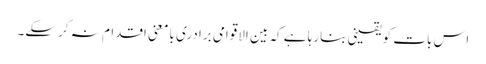
اس بات کو یقینی بنارہا ہے کہ بین الاقوامی برادری بامعنی اقدام نہ کرسکے۔